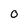
Character: O